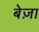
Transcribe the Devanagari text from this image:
बेज़ा